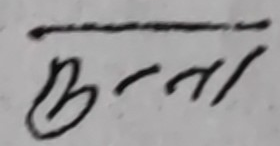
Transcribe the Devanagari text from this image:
ठ-ता